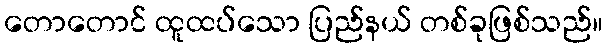
တောတောင် ထူထပ်သော ပြည်နယ် တစ်ခုဖြစ်သည်။